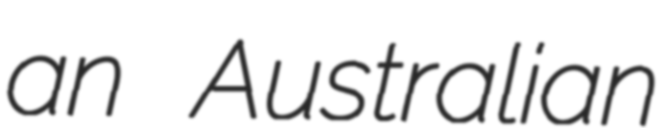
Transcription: an  Australian